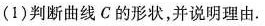
(1)判断曲线C的形状，并说明理由.